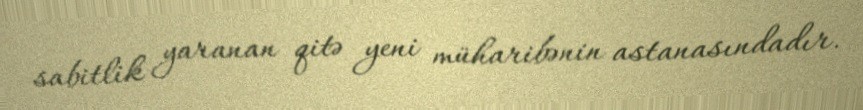
sabitlik yaranan qitə yeni müharibənin astanasındadır.